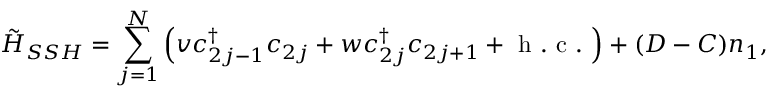
\tilde { H } _ { S S H } = \sum _ { j = 1 } ^ { N } \left( v c _ { 2 j - 1 } ^ { \dag } c _ { 2 j } + w c _ { 2 j } ^ { \dag } c _ { 2 j + 1 } + \mathrm { ~ h ~ . ~ c ~ . ~ } \right) + ( D - C ) n _ { 1 } ,